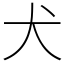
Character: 犬